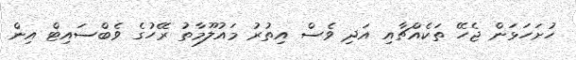
ހުށަހަޅަން ޖެހޭ ތަކެއްޗާއި އަދި ވެސް އިތުރު މައުލޫމާތު ރޭހުގެ ވެބްސައިޓް އިން